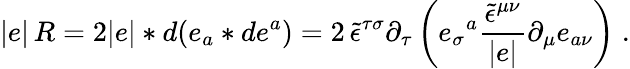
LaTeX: |e|\, R=2|e|\ast d(e_{a}\ast de^{a})=2\, \tilde{\epsilon}^{\tau\sigma}\partial_{\tau}\left(e_{\sigma}{}^{a}\frac{\tilde{\epsilon}^{\mu\nu}}{|e|}\partial_{\mu}e_{a\nu}\right)\; .